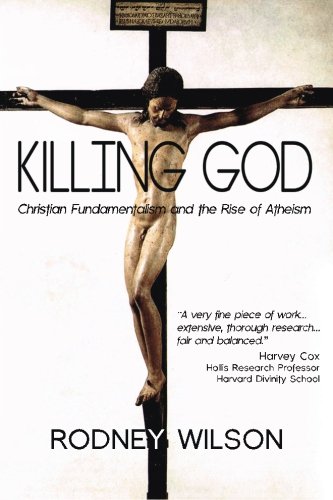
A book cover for Killing God: Christian Fundamentalism and the Rise of Atheism; Rodney Wilson; Christian Books & Bibles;